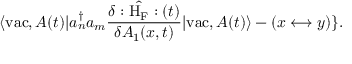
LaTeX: \langle \mathrm { v a c } , A ( t ) | a _ { n } ^ { \dagger } a _ { m } \frac { \delta : \hat { \mathrm { H } _ { \mathrm { F } } } : ( t ) } { \delta A _ { 1 } ( x , t ) } | \mathrm { v a c } , A ( t ) \rangle - ( x \longleftrightarrow y ) \} .